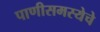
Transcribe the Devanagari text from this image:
पाणीसमस्येचे